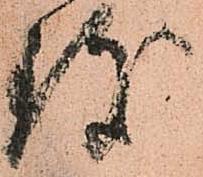
致